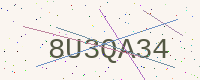
Text: 8U3QA34